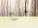
جرح